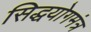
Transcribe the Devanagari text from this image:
सिद्धयोगमंत्र